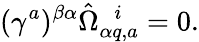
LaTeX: (\gamma^{a})^{\beta\alpha}\hat{\Omega}_{\alpha q,a}^{~~~i}=0.